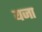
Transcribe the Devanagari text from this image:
यजा